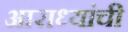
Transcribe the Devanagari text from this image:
आराध्यांची